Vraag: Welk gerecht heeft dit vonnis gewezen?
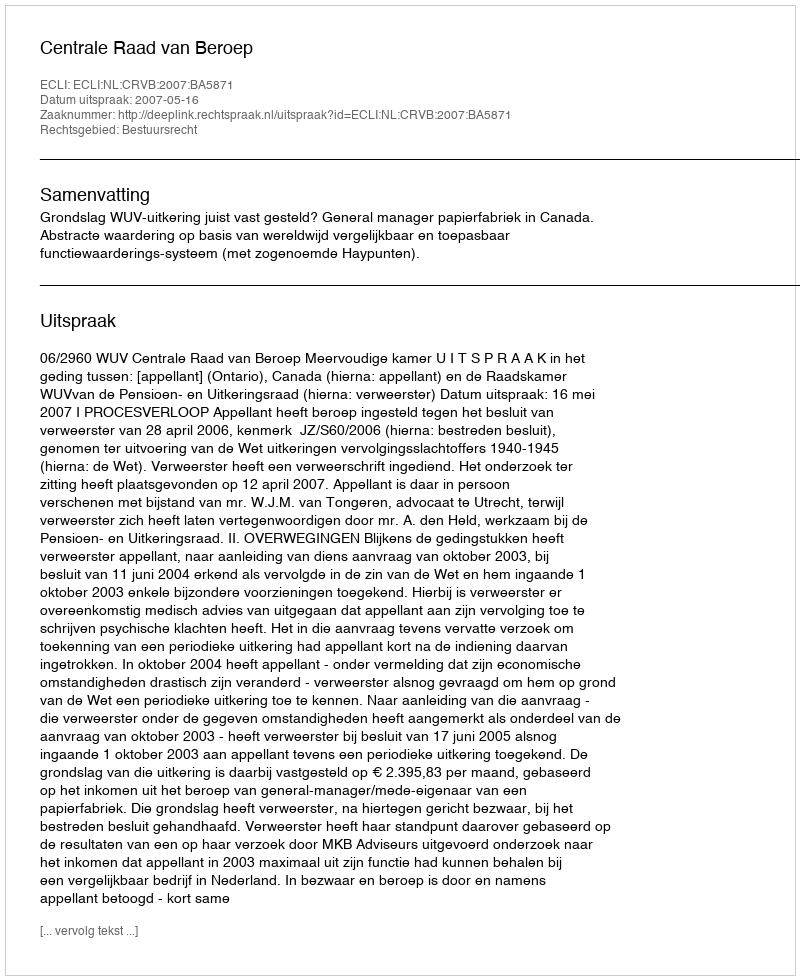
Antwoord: Centrale Raad van Beroep